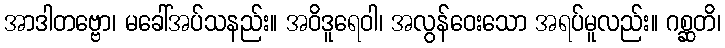
အာဒါတဗ္ဗော၊ မခေါ်အပ်သနည်း။ အဝိဒူရေဝါ၊ အလွန်ဝေးသော အရပ်မူလည်း။ ဂစ္ဆတိ၊